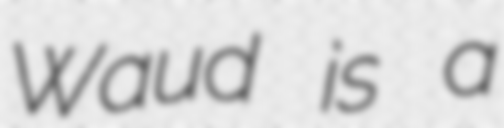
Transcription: Waud is a